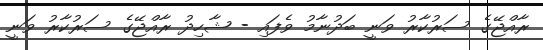
ރާއްޖޭގެ ސަރުކާރު ވަނީ ބަދުނާމު ވެފައި - ޝާހިދު ރާއްޖޭގެ ސަރުކާރު ވަނީ